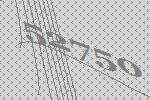
52750